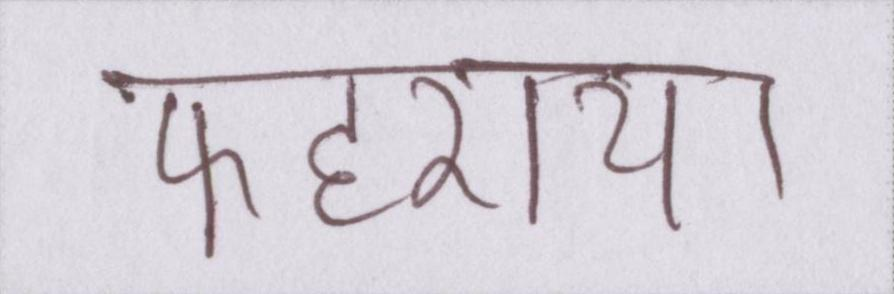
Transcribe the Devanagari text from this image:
फहराया